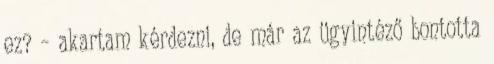
ez? – akartam kérdezni, de már az ügyintéző bontotta